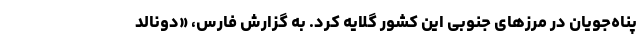
پناه‌جویان در مرزهای جنوبی این کشور گلایه کرد. به گزارش فارس، «دونالد